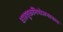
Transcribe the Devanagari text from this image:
वाहतूकनियोजनाचाच